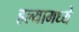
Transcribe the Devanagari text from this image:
हल्यामध्ये